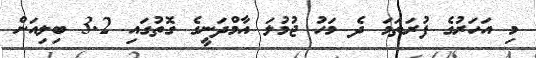
މި އަހަރުގެ ފުރަތަމަ ދެ މަހު ޖުމުލަ އާމްދަނީގެ ގޮތުގައި 3.2 ބިލިއަން